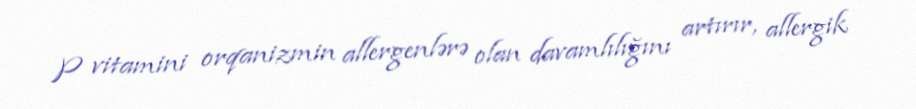
P vitamini orqanizmin allergenlərə olan davamlılığını artırır, allergik